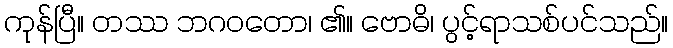
ကုန်ပြီ။ တဿ ဘဂဝတော၊ ၏။ ဗောဓိ၊ ပွင့်ရာသစ်ပင်သည်။